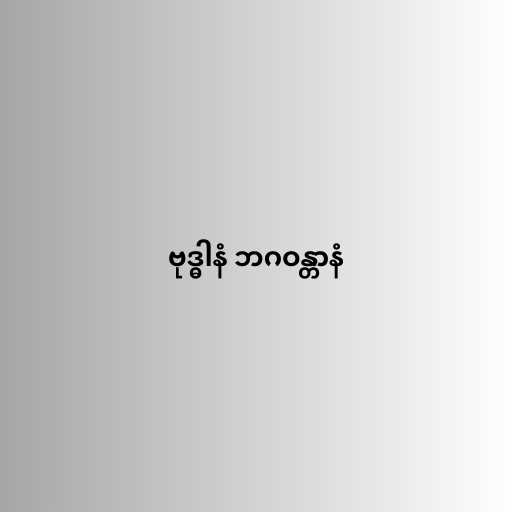
ဗုဒ္ဓါနံ ဘဂဝန္တာနံ